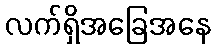
လက်ရှိအခြေအနေ